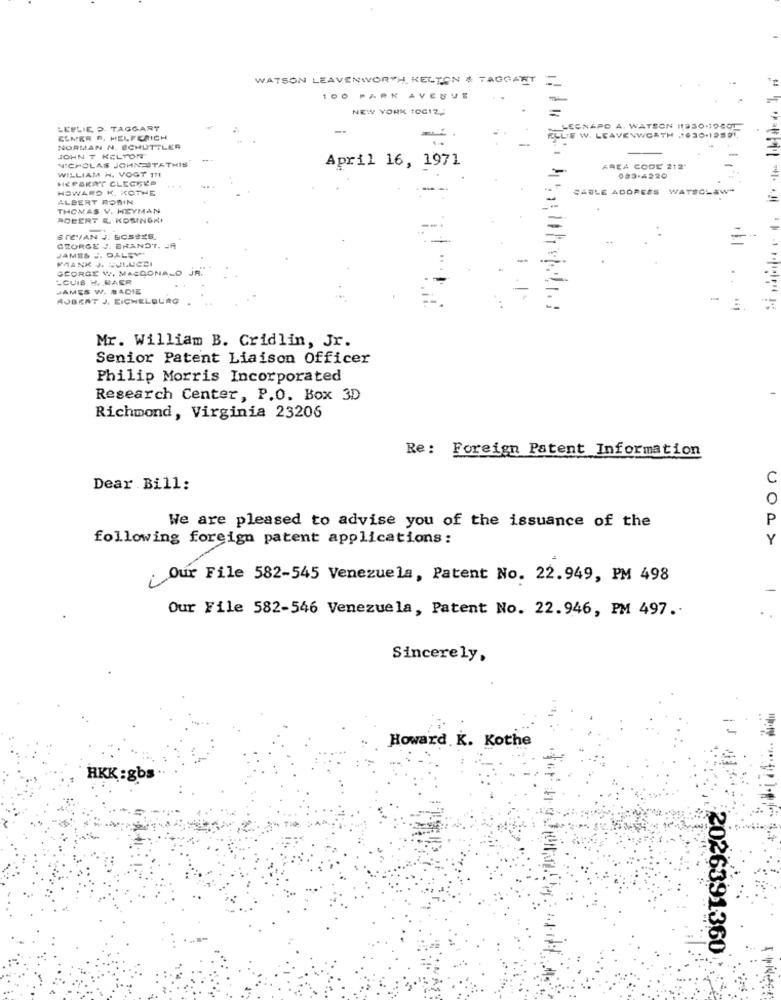
WATSON LEAVENWORTH KELTEN & TAGGART
O PARK AVENUE
NEW YORK TOCIZ ,-
LESLIE 2. TAGGART
LEGNAPD A. WATSON (1930-19441
ELMER B. HELFERICH
==
ELLIE W. LEAVENWORTH 1030-19591.
NORMAN N. SCHÜTTLER
JOHN T KELTON
NICHOLAS JOHN-STATHIS
WILLIAM H. VOGT 111
April 16, 1971
AREA CODE 212'
HI POKSYY CLECEEP
093-4220
HOWARD K. KOTHE
CABLE ADDRESS WATSCLAW"
ALBERT ROBIN
THOMAS V. HEYMAN
ROBERT &. KOSINSKI
STEVVAN J. E
=
GEORGE J. BRANDT. JA
JAMES J. DALEY
PANK J. UULUCCI
GEORGE W. MACDONALD JR.
-CUIS H, BAER
JAMES W. # ADIE
. .
AJBEAT J. EICHELEURO .
-
Mr. William B. Cridlin, Jr.
Senior Patent Liaison Officer
Philip Morris Incorporated
Research Center, P.O. Box 3D
Richmond, Virginia 23206
Re: Foreign Patent Information
C
Dear Bill:
0
P
We are pleased to advise you of the issuance of the
following foreign patent applications:
Y
Our File 582-545 Venezuela, Patent No. 22.949, PM 498
Our File 582-546 Venezuela, Patent No. 22.946, PM 497.
Sincerely,
Howard K. Kothe
HKK:gbs
2026391360